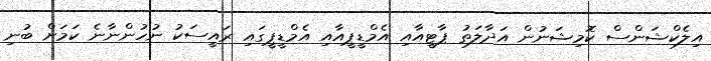
އިލެކްޝަންސް ކޮމިޝަނުން އަދާލަތު ޕާޓީއާއި އެމްޑީޕީއާއި އެމްޑީޕީގައި ރައީސަކު ނުހުންނާނެ ކަމަށް ބުނި